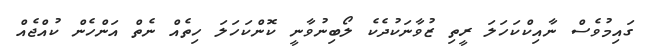
ގައިމުވެސް ނާއިކްކަހަލަ ރީތި ޒުވާނަކުދެކެ ލޯބިނުވާނީ ކޮންކަހަލަ ހިތެއް ނެތް އަންހެން ކުއްޖެއް